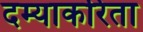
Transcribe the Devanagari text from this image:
दम्याकरिता